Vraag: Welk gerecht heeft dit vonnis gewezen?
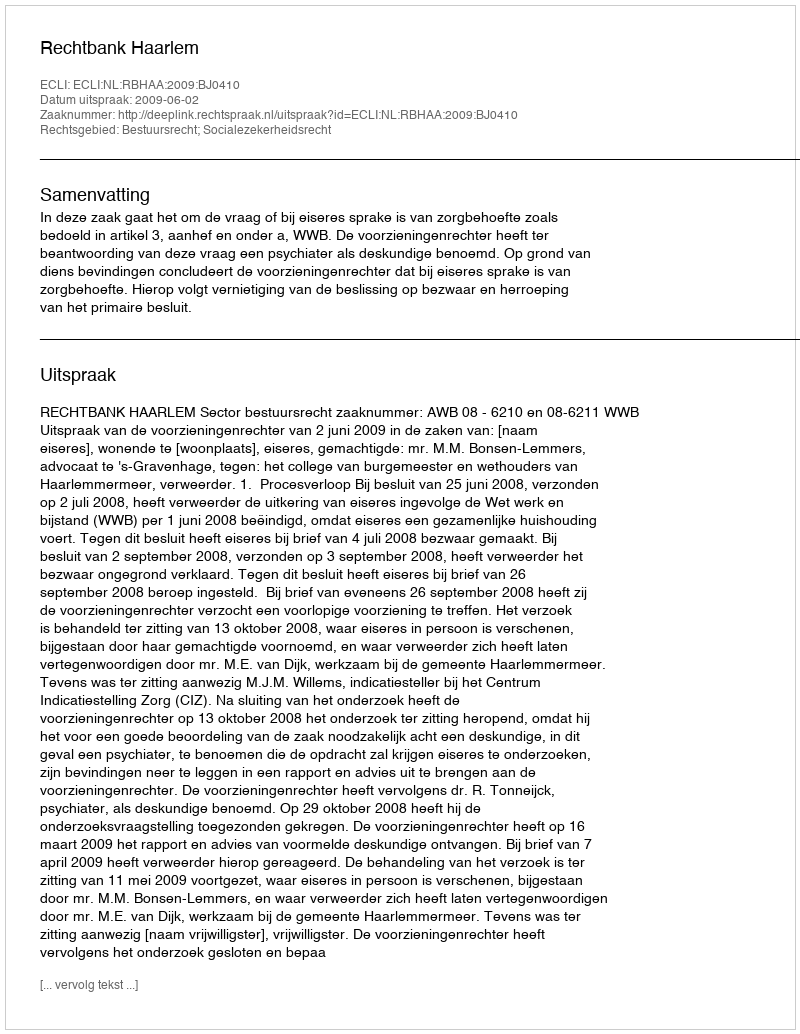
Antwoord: Rechtbank Haarlem